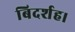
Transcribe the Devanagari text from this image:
बिदर्शह।